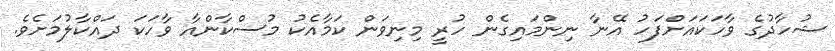
ޝުހާދުގެ ވާހަކައަށްފަހު އޭނާ ނިންމައިގެން ހުރީ މިނިވަން ކަމާއެކު މުސްކާންއާ ވާހަކަ ދައްކާލުމަށެވެ.